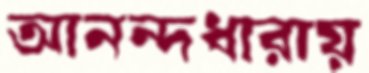
আনন্দধারায়